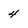
Character: 4